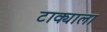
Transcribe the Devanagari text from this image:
टाक्याला